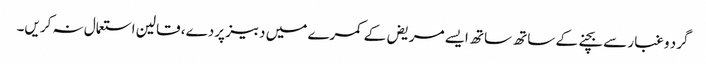
گرد و غبار سے بچنے کے ساتھ ساتھ ایسے مریض‌ کے کمرے میں دبیز پردے، قالین استعمال نہ کریں۔